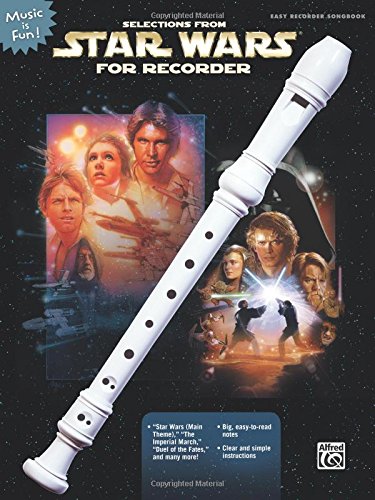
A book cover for Selections from Star Wars for Recorder (Music Is Fun); Arts & Photography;